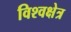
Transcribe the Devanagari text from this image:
विश्वक्षेत्र